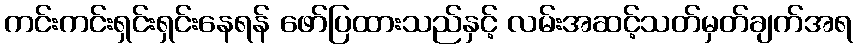
ကင်းကင်းရှင်းရှင်းနေရန် ဖော်ပြထားသည်နှင့် လမ်းအဆင့်သတ်မှတ်ချက်အရ